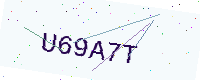
Text: U69A7T